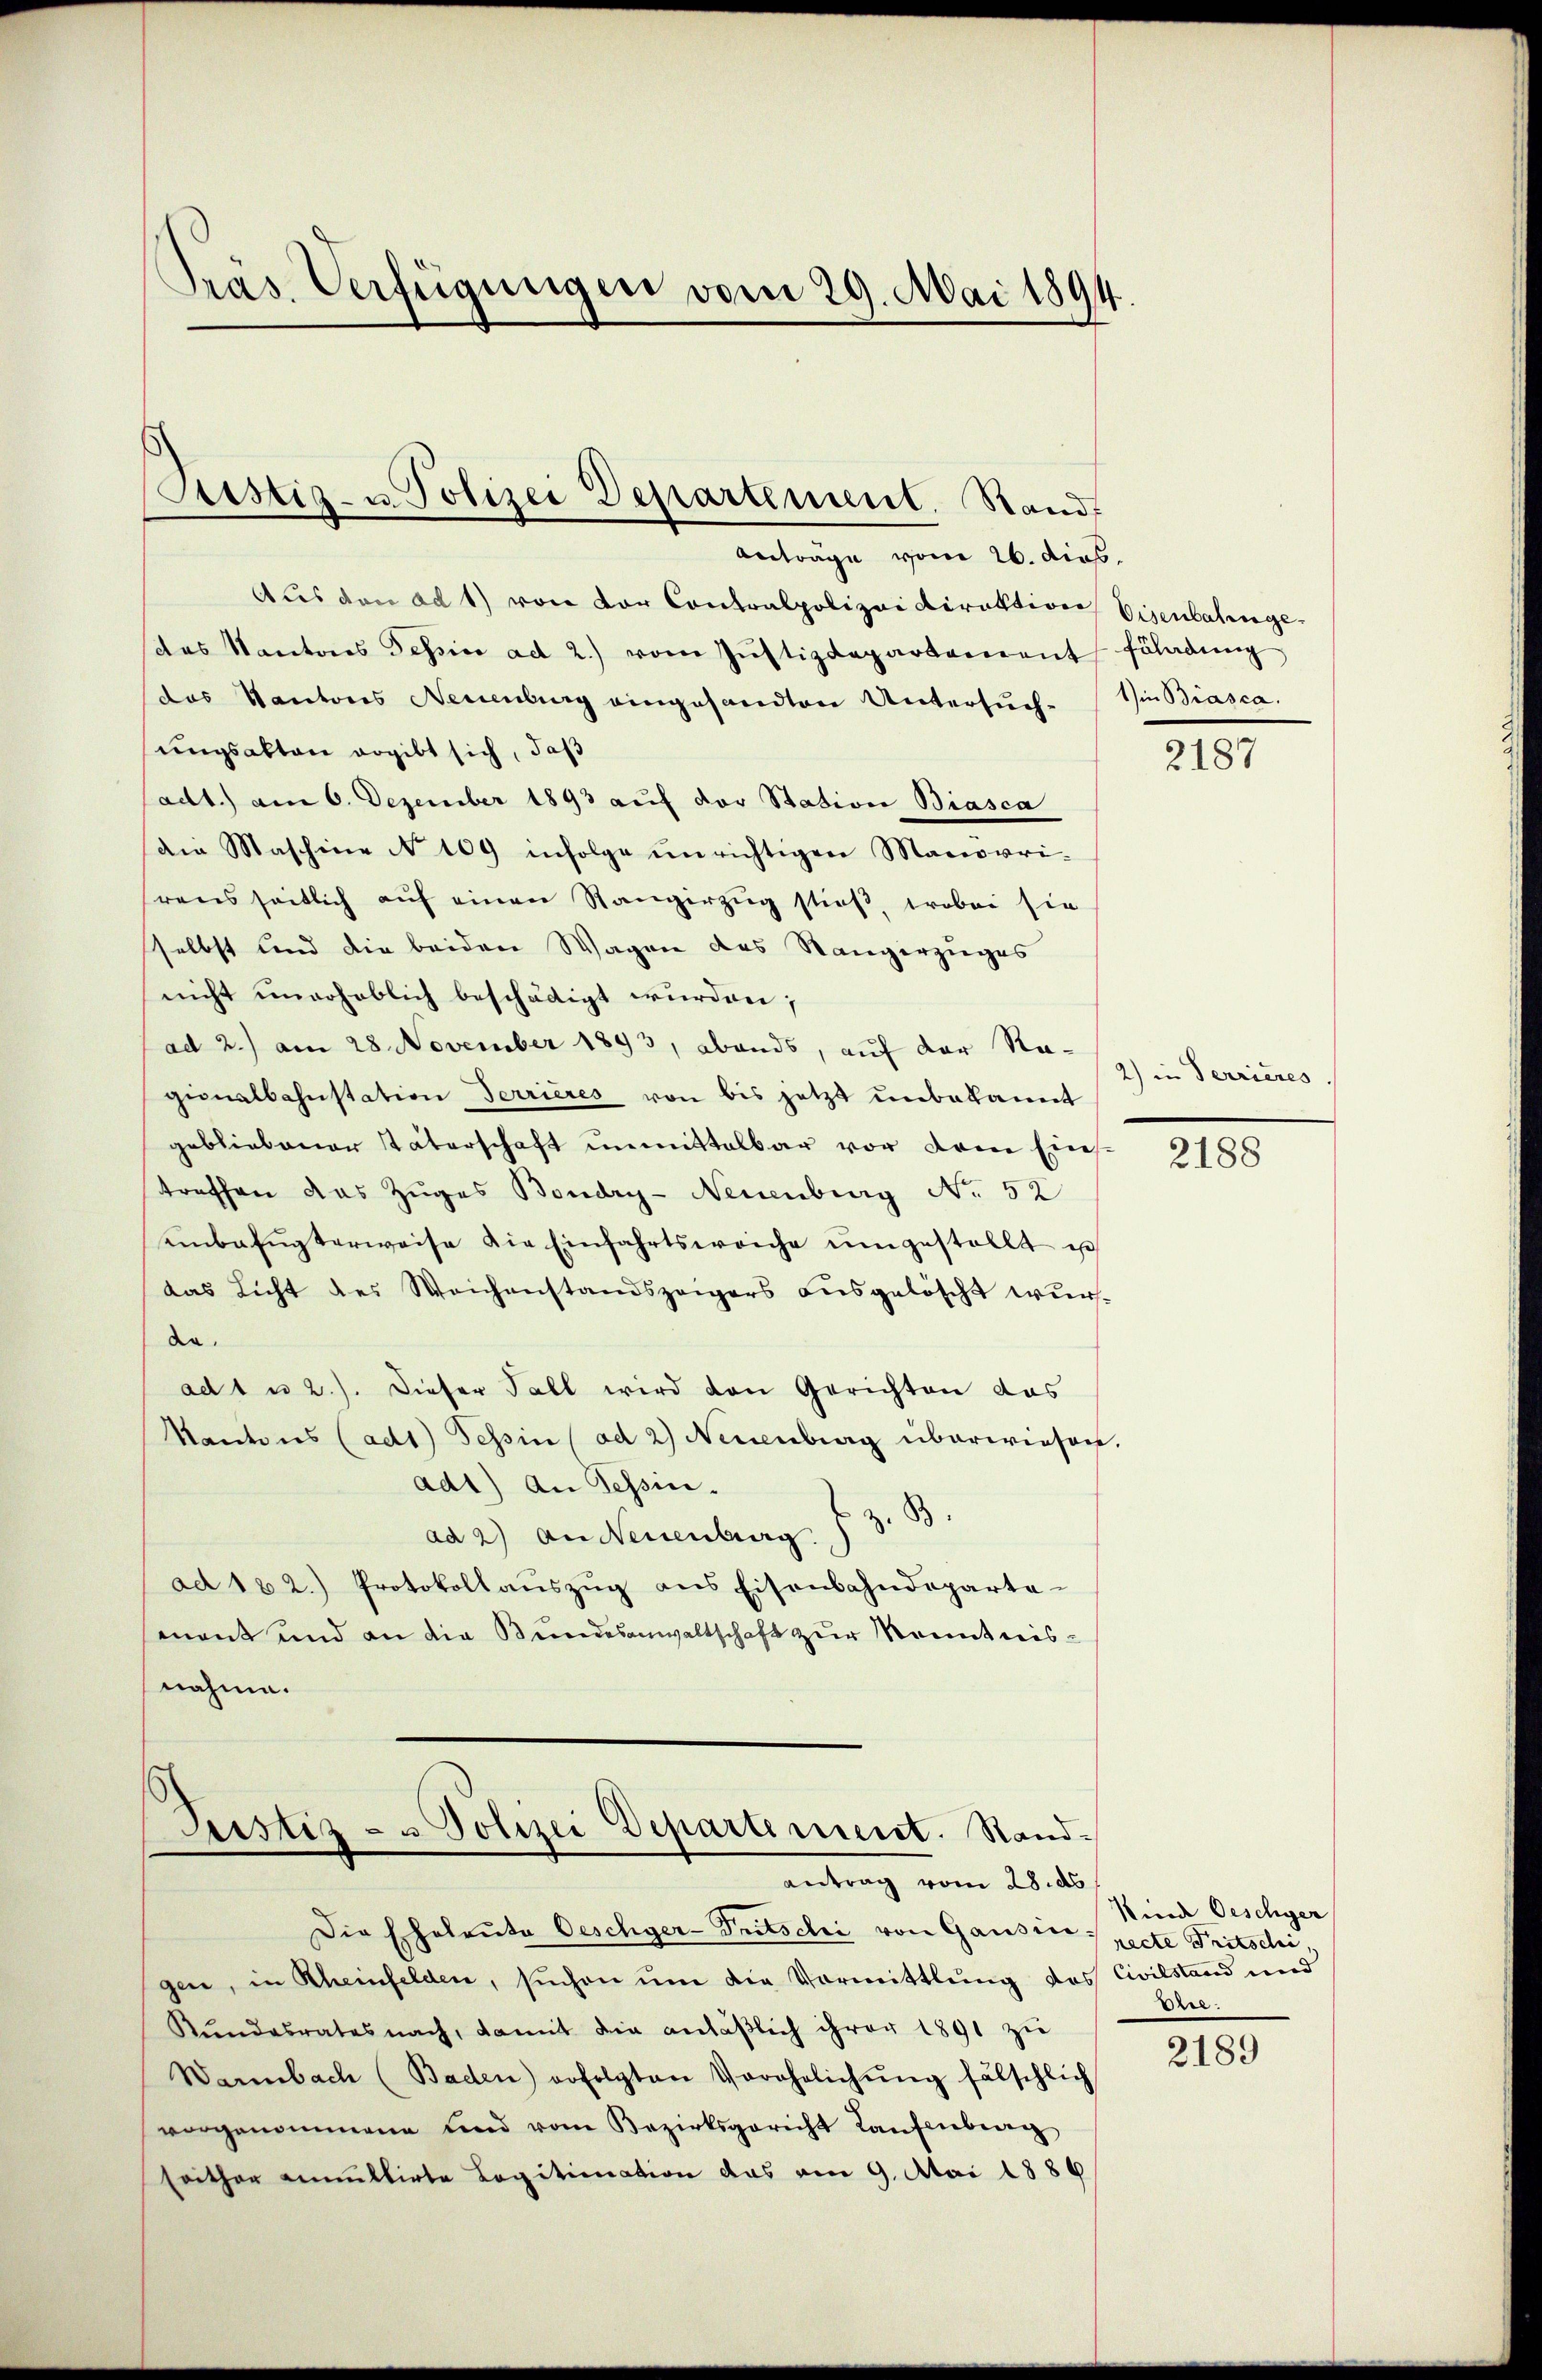
Präs. Verfügungen vom 29. Mai 1894

Anträge vom 26. dies
Aus den ad 1) von vor Contralpolizeidirektion
(das Kantons Tessin ad 2.) vom Justizdepartement
das Kantons Neuenburg eingesandten Untersuchungsakten ergibt sich, daß
(adt) am 6. Dezember 1893 auf der Station Biasca
die Maschine No 109 infolge unrichtigen Manorri-
rens seitlich auf einen Stangerzug stieß, wobei sie
selbst und die beiden Wagen des Sängerzuges
nicht unerheblich beschädigt wurden;
ad 2.) am 28. November 1893, abends, auf der Regionalbahnstation Terrieres von bis jetzt unbekannt
gebliebener Vaterschaft unmittelbar vor dem Einstreffen das Zuges Boudry- Neuenburg No. 52
einbafŭgterweise die Einfahrtsweiche ŭmgestellt ist
das Licht des Weichenstandszeigers ausgelöscht wurda.
ad 1 u 2.). Dieser Fall wird den Gerichten das
Kantons (ad1) Tessin (ad 2) Neuenburg überwiesen
ad1) an Tessin.
ad 2) an Neuenburg s. z. B.
ad 122.) Protokollaŭszŭg ans Eisenbahndeparta-
mnent und an die Bundesanwaltschaft zur Kenntnisnähme.

Sistig- u. Polizei Departement. Stand

Justiz- u Polizei Departement. Rand¬
Antrag vom 28. ds

Die Eheleute Oeschger-Tritschi von Gausinspecte Tritschi,
gen, in Rheinfelden, suchen um die Vormittlung das Civilstand und
Rŭndesrates nach, damit die anläβlich ihrer 1891 zu
Warnbach (Baden) erfolgten Verehelichŭng fälschlich
vorgenommene und vom Bezirksgericht Laufenberg
seither aultirte Legitionation das am 9. Mai 1886

Eisenbahnge
füladung
1 in Biasca.

2187

2) in Terrieres

2188

Kinde Oeschyer
Der.

2189